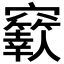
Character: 𥩁